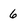
Character: 6